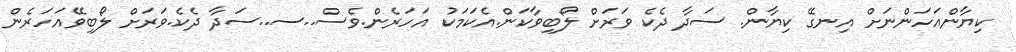
ކިޔާންއަހަންނަށް އިނގޭ ކިޔާން. ސަދާ ދެކެ ވަރަށް ލޯބިވާކަން.އެކަމަކު އަހަރެން.ވެސް..ސ..ސަދާ ދެކެ.ވަރަށް ލޯބިވޭއަހަރެން